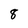
Character: 8